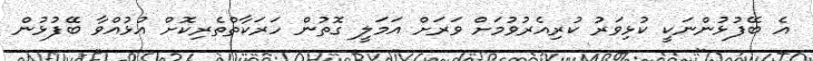
އެ ބޭފުޅުންނަކީ ކުޅިވަރު ކުރިއެރުވުމަށް ވަރަށް އަމަލީ ގޮތުން ހަރަކާތްތެރިކޮށް އުޅުއްވާ ބޭފުޅުން